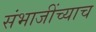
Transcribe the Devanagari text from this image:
संभाजींच्याच